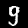
Digit: 9